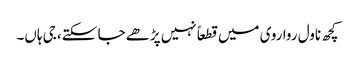
کچھ ناول روا روی میں قطعاً نہیں پڑھے جا سکتے، جی ہاں۔